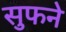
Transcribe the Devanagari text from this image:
सुफने